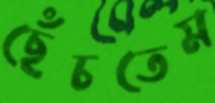
ছেঁচতেম